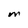
Character: M